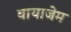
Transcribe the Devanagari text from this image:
वायाजेम